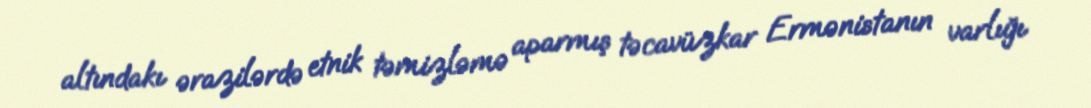
altındakı ərazilərdə etnik təmizləmə aparmış təcavüzkar Ermənistanın varlığı